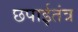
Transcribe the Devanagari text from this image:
छपाईतंत्र